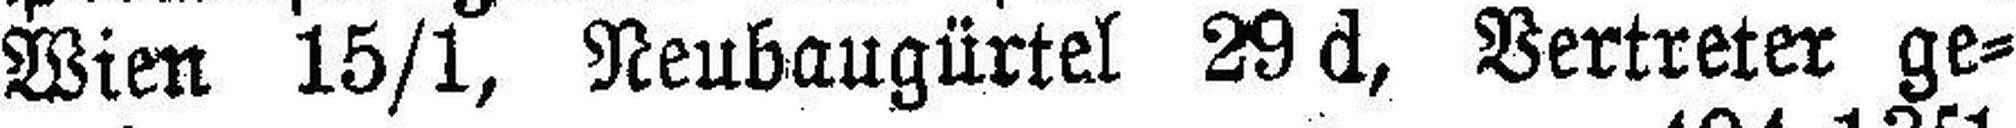
Wien 15/1, Neubaugürtel 29 d, Vertreter ge¬